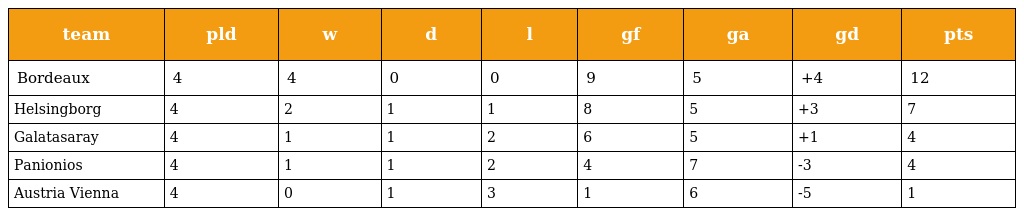
| team | pld | w | d | l | gf | ga | gd | pts |
 | --- | --- | --- | --- | --- | --- | --- | --- | --- |
 | Bordeaux | 4 | 4 | 0 | 0 | 9 | 5 | +4 | 12 |
 | Helsingborg | 4 | 2 | 1 | 1 | 8 | 5 | +3 | 7 |
 | Galatasaray | 4 | 1 | 1 | 2 | 6 | 5 | +1 | 4 |
 | Panionios | 4 | 1 | 1 | 2 | 4 | 7 | -3 | 4 |
 | Austria Vienna | 4 | 0 | 1 | 3 | 1 | 6 | -5 | 1 |